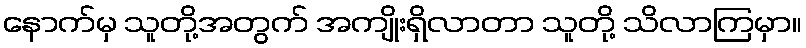
နောက်မှ သူတို့အတွက် အကျိုးရှိလာတာ သူတို့ သိလာကြမှာ။